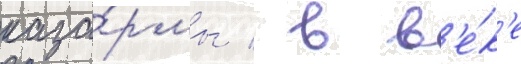
каза́рмы / в в'е́к'е